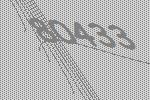
80433